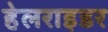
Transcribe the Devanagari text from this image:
हेलराइडर